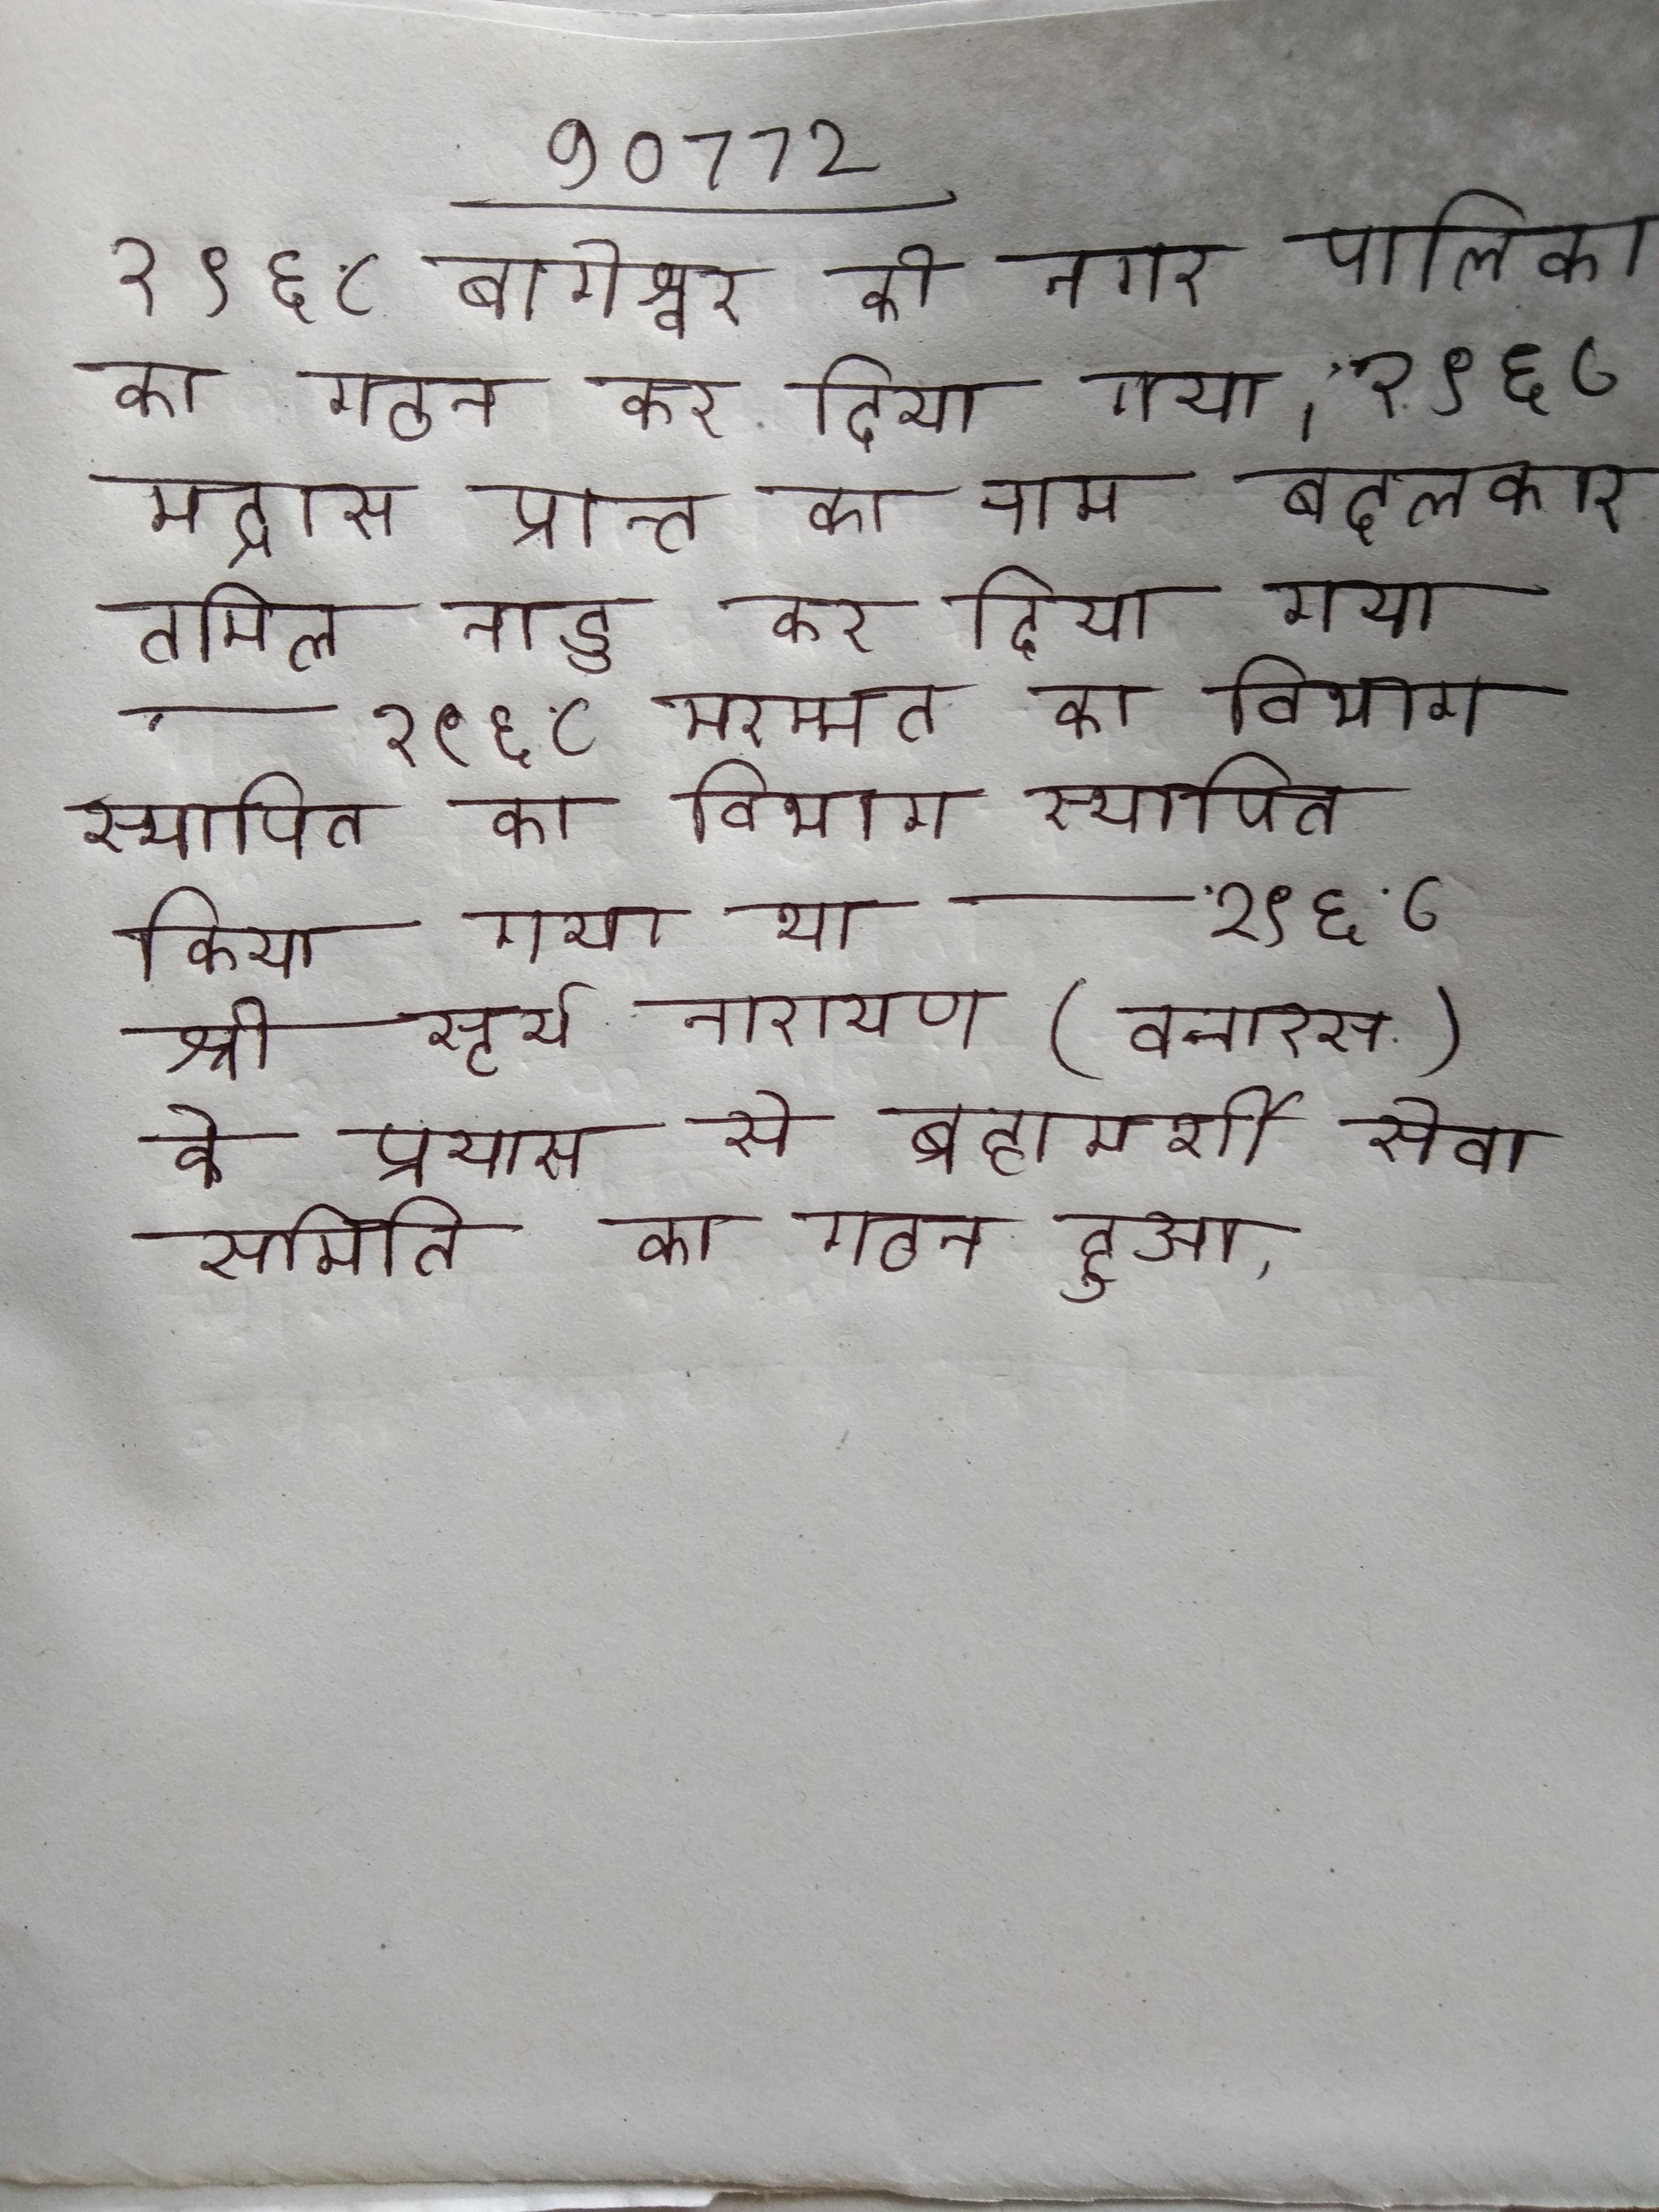
१९६८ बागेश्वर की नगर पालिका का गठन कर दिया गया । १९६८ मद्रास प्रान्त का नाम बदलकर तमिल नाडु कर दिया गया । १९६८ मरम्मत का विभाग स्थापित किया गया था । १९६८ श्री सूर्य नारायण (बनारस) के प्रयास से ब्रहामर्शी सेवा समिति का गठन हुआ .